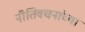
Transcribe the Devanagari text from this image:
नीतिवचनांच्या